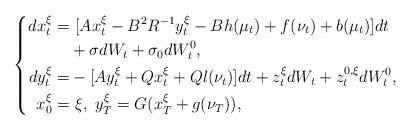
LaTeX: \begin{align*}\left\{\begin{aligned}dx_t^{\xi}=&~[Ax_t^{\xi}-B^2R^{-1}y_t^{\xi}-Bh(\mu_t)+f(\nu_t)+b(\mu_t)]dt\\&+\sigma dW_t+\sigma_0dW^0_t,\\dy_t^{\xi}=&-[Ay_t^{\xi}+Qx_t^{\xi}+Ql(\nu_t)]dt+z_t^{\xi}dW_t+z^{0,\xi}_tdW^0_t,\\x_0^{\xi}=&~\xi,~y_T^{\xi}=G(x_T^\xi+g(\nu_T)),\end{aligned}\right.\end{align*}